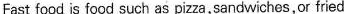
Fast food is food such as pizza,sandwiches,or fried